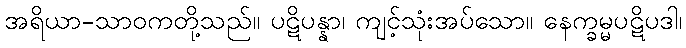
အရိယာ-သာဝကတို့သည်။ ပဋိပန္နာ၊ ကျင့်သုံးအပ်သော။ နေက္ခမ္မပဋိပဒါ၊